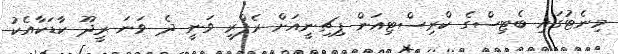
މިނެޓުގައި ބެޓިސްގެ ކްރިސްޓިއަން ޕިޗިނީއަށް ރެފްރީ ވަނީ ދެ ވަނަ ރީދޫ ކާޑަކާއެކު